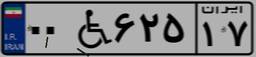
۰۰W۶۲۵۱۷